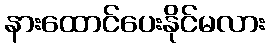
နားထောင်ပေးနိုင်မလား